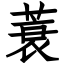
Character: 蓑